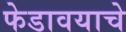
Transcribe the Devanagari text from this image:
फेडावयाचे